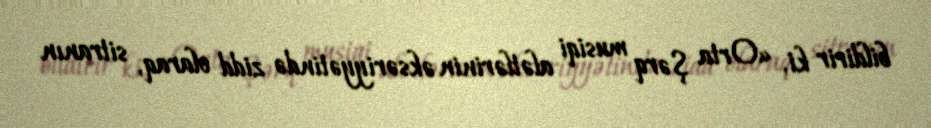
bildirir ki, «Orta Şərq musiqi alətlərinin əksəriyyətində zidd olaraq, sitranın